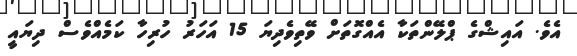
އެވެ. އައިޝްގެ ޕްލޭންތަކާ އެއްގޮތަށް ވޭތިވެދިޔަ 15 އަހަރު ހުރިހާ ކަމެއްވެސް ދިޔައީ